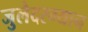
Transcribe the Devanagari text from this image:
जुलैदरम्यान